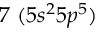
7 ~ ( 5 s ^ { 2 } 5 p ^ { 5 } )